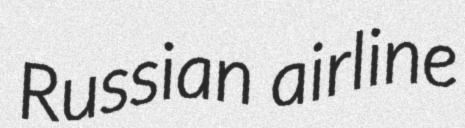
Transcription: Russian airline